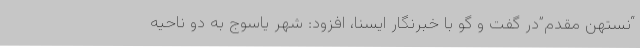
“نستهن مقدم”در گفت و گو با خبرنگار ایسنا، افزود: شهر یاسوج به دو ناحیه